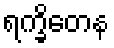
ရက္ခိတေန